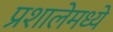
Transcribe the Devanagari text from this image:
प्रशालेमध्ये